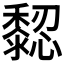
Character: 𪐁